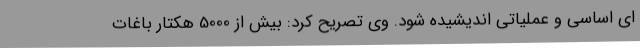
ای اساسی و عملیاتی اندیشیده شود. وی تصریح کرد: بیش از 5000 هکتار باغات